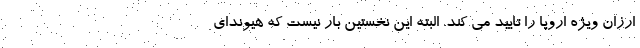
ارزان ویژه اروپا را تایید می کند. البته این نخستین بار نیست که هیوندای